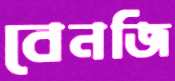
বেনজি